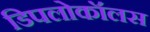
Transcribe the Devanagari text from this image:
डिपलोकॉलस